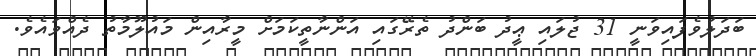
ބަދަލުވެފައިވަނީ 31 ޖުލައި ޢީދު ބަންދު ތެރޭގައި އަންނާތީކަމަށް މީރާއިން މައުލޫމާތު ދެއްވައެވެ.